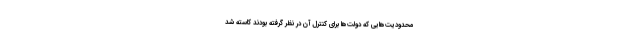
محدودیت‌هایی که دولت‌ها برای کنترل آن در نظر گرفته بودند کاسته شد